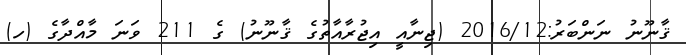
ޤާނޫނު ނަންބަރު:2016/12 (ޖިނާއީ އިޖުރާއާތުގެ ޤާނޫނު) ގެ 211 ވަނަ މާއްދާގެ (ހ)